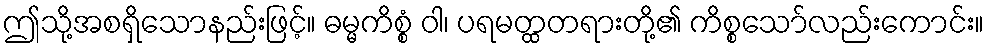
ဤသို့အစရှိသောနည်းဖြင့်။ ဓမ္မကိစ္စံ ဝါ၊ ပရမတ္ထတရားတို့၏ ကိစ္စသော်လည်းကောင်း။